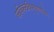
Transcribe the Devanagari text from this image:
कविकंठविभूषणार्थम्